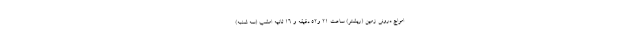
امواج درونی زمین (ریشتر) ساعت ۲۱ و۵۲ دقیقه و ۱۶ ثانیه امشب (سه شنبه)